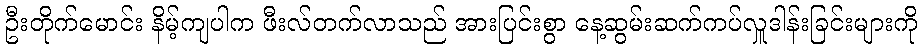
ဦးတိုက်မောင်း နိမ့်ကျပါက ဖီးလ်တက်လာသည် အားပြင်းစွာ နေ့ဆွမ်းဆက်ကပ်လှူဒါန်းခြင်းများကို